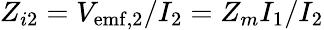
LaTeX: Z_{i2}=V_{\mathrm{emf,2}}/I_{2}=Z_{m}I_{1}/I_{2}